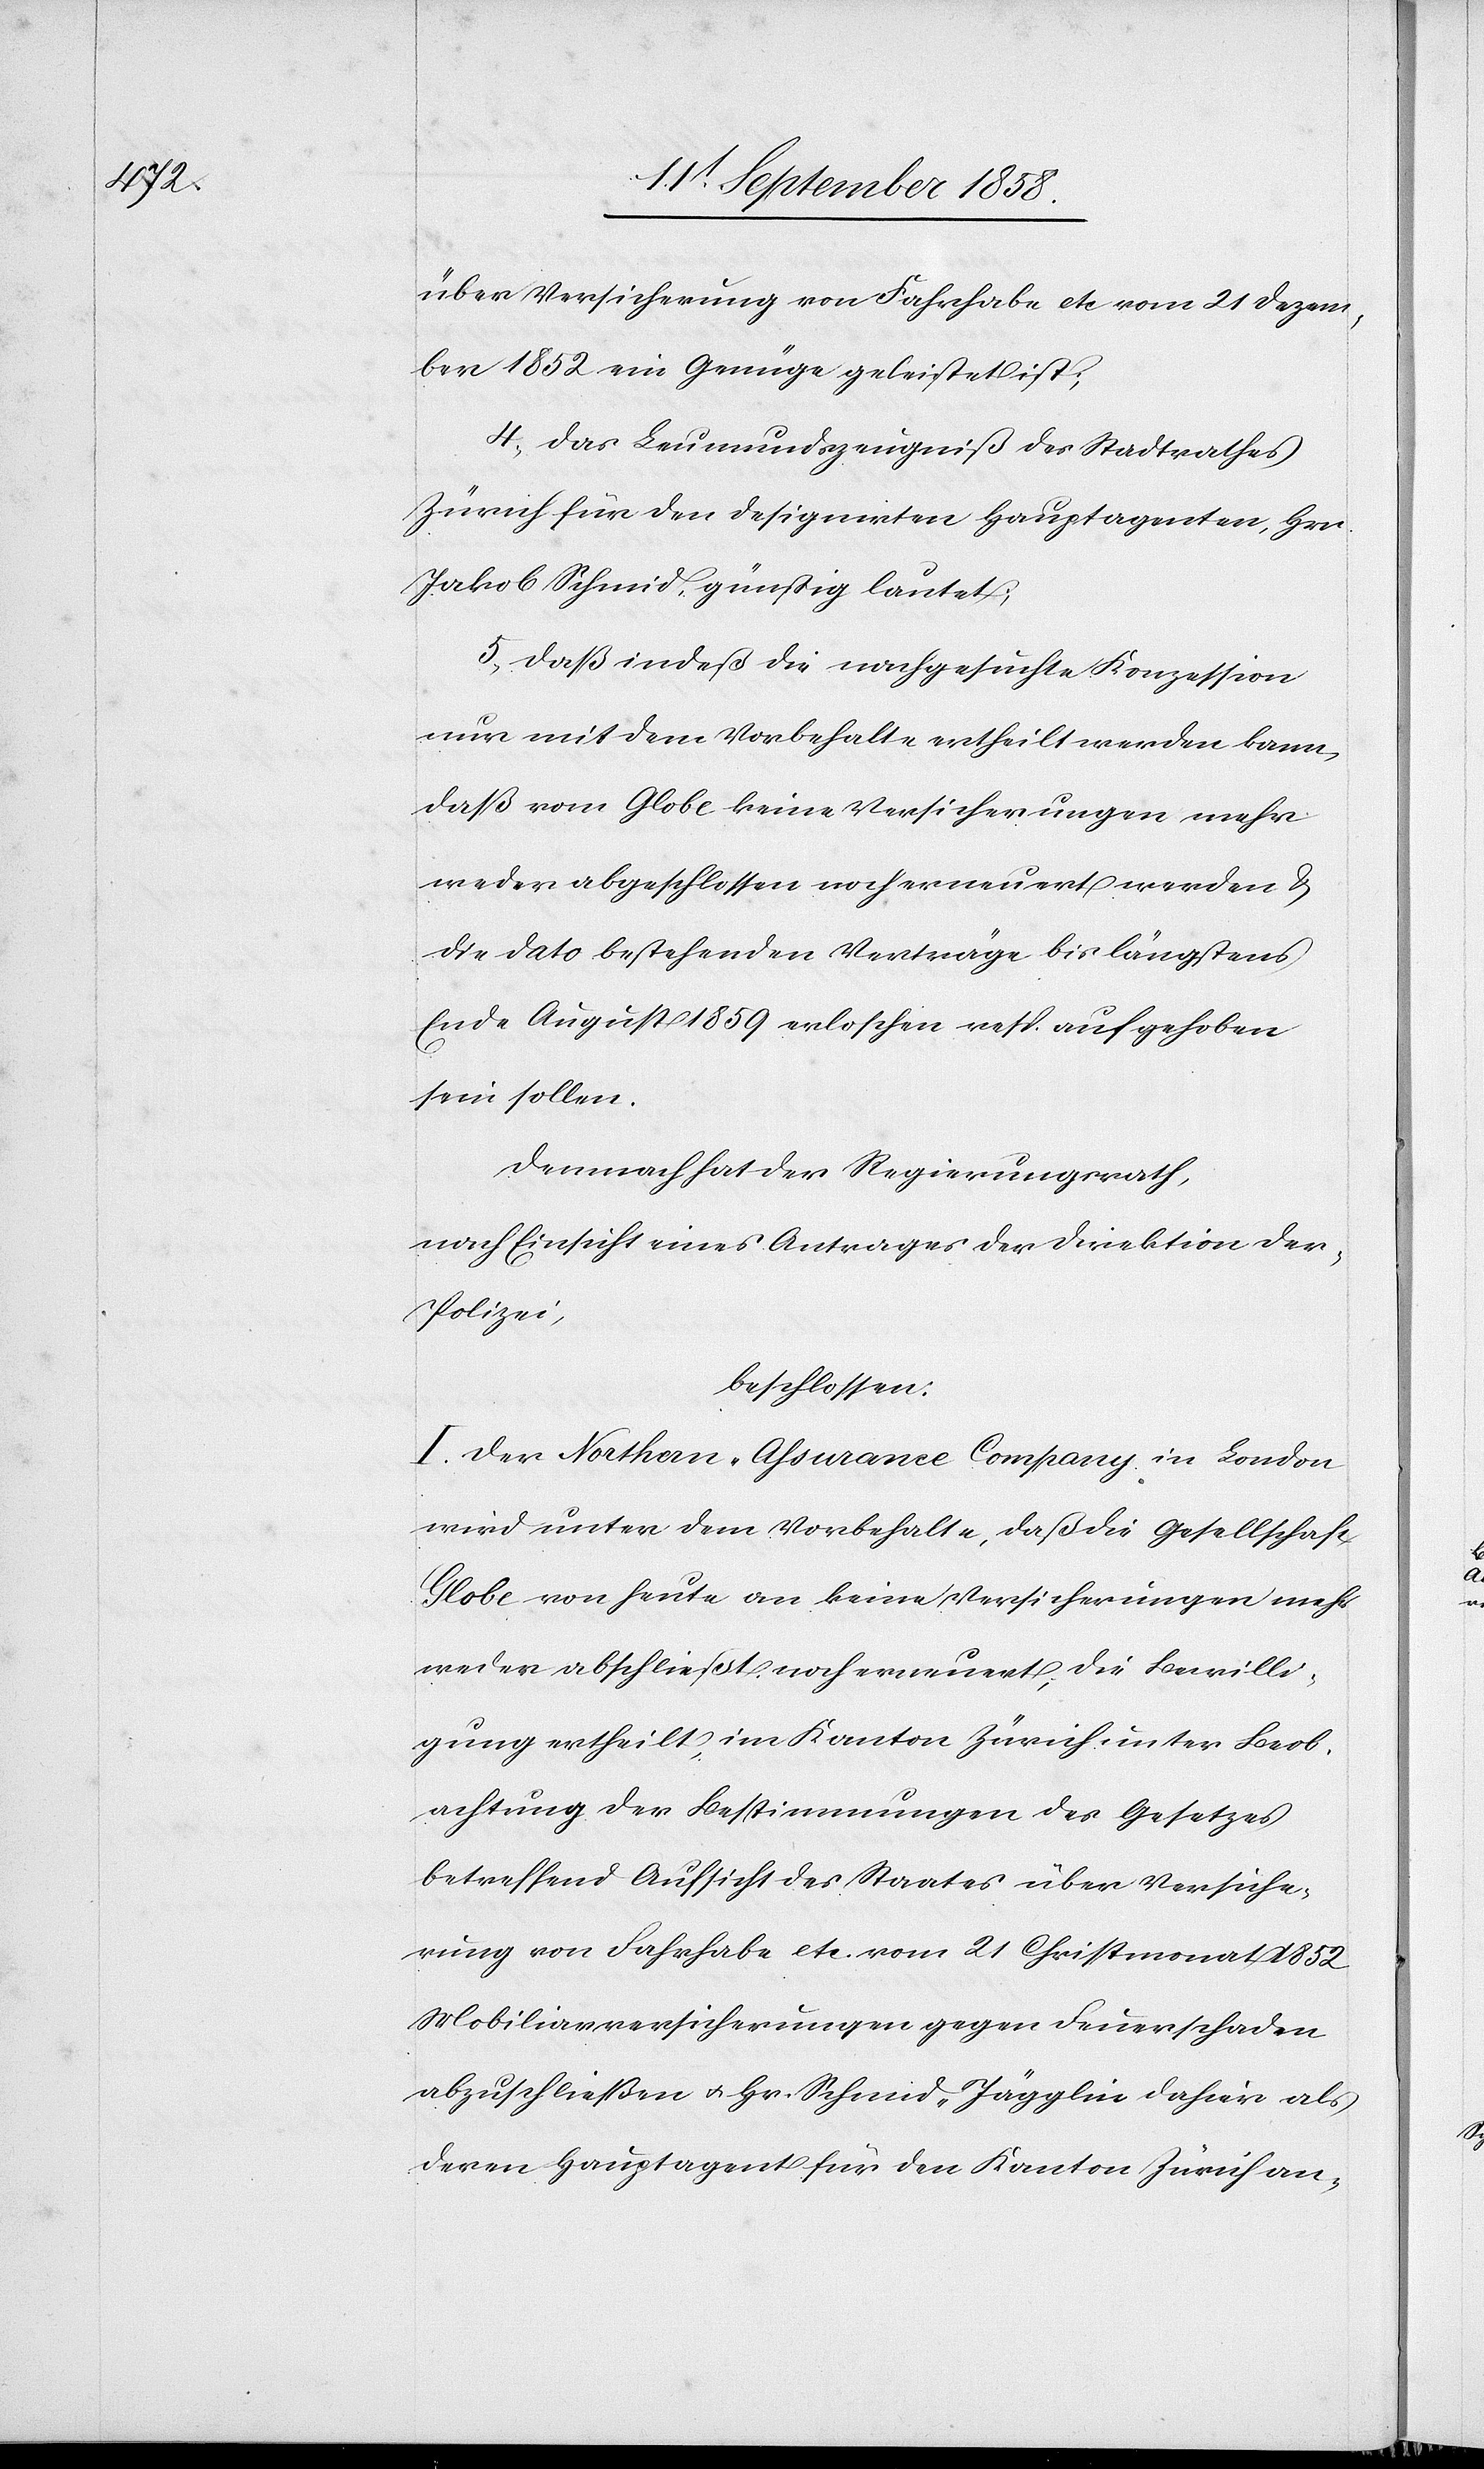
über Versicherung von Fahrhabe etc. vom 21 Dezem¬
ber 1852 ein Genüge geleistet ist;
4. das Leumundszeugniß des Stadtrathes
Zürich für den designirten Hauptagenten, Hrn.
Jakob Schmid, günstig lautet;
5. daß indeß die nachgesuchte Konzession
nur mit dem Vorbehalte ertheilt werden kann,
daß vom Globe keine Versicherungen mehr
weder abgeschlossen noch erneuert werden &
die dato bestehenden Verträge bis längstens
Ende August 1859 erloschen resp. aufgehoben
sein sollen.
Demnach hat der Regierungsrath,
nach Einsicht eines Antrages der Direktion der
Polizei,
beschlossen:
I. Der Northern-Assurance Company in London
wird unter dem Vorbehalte, daß die Gesellschaft
Globe von heute an keine Versicherungen mehr
weder abschließt noch erneuert, die Bewilli¬
gung ertheilt, im Kanton Zürich unter Beob¬
achtung der Bestimmungen des Gesetzes
betreffend Aufsicht des Staates über Versiche¬
rung von Fahrhabe etc. vom 21 Christmonat 1852
Mobiliarversicherungen gegen Feuerschaden
abzuschließen & Hr. Schmid-Jägglin dahier als
deren Hauptagent für den Kanton Zürich an-